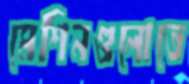
মেশিনগুলোতে